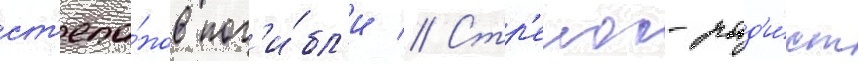
ст'епа́нов пог'и́бл'и // Стр'елок-рад'и́ст